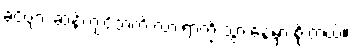
ခင်ဗျား ဆန့်ကျင်ဘက် လားရာကို သွားနေမှာ စိုးတယ်။